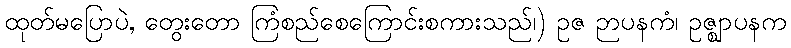
ထုတ်မပြောပဲ, တွေးတော ကြံစည်စေကြောင်းစကားသည်၊) ဥဇ ဉာပနကံ၊ ဥဇ္ဈာပနက